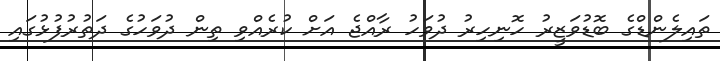
ތައިލެންޑްގެ ބޮޑުވަޒީރު ހޮނިހިރު ދުވަހު ރާއްޖެ އަށް ކުރެއްވި ތިން ދުވަހުގެ ދަތުރުފުޅުގައި